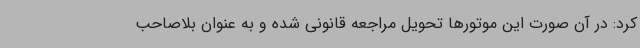
کرد: در آن صورت این موتورها تحویل مراجعه قانونی شده و به عنوان بلاصاحب